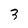
Character: 3